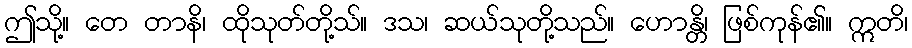
ဤသို့။ တေ တာနိ၊ ထိုသုတ်တို့သ်။ ဒသ၊ ဆယ်သုတို့သည်။ ဟောန္တိ၊ ဖြစ်ကုန်၏။ ဣတိ၊